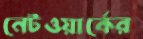
নেটওয়ার্কের